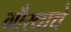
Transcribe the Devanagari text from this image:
गौरवाचे